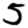
Digit: 5